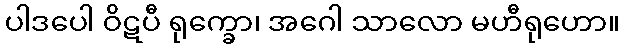
ပါဒပေါ ဝိဋပီ ရုက္ခော၊ အဂေါ သာလော မဟီရုဟော။